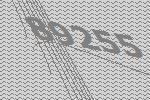
89255